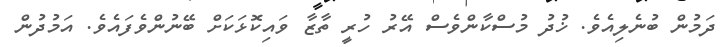
ދަމުން ބުނެލިއެވެ. ޚުދު މުސްކާންވެސް އޭރު ހުރީ ތާޒާ ވައިކޮޅަކަށް ބޭނުންވެފައެވެ. އަމުދުން